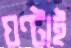
ঘণ্টাই